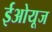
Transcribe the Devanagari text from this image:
ईओयूज